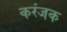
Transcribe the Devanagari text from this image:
करंजक